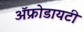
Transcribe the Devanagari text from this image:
ॲफ्रोडायटी